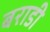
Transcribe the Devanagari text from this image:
बराडी